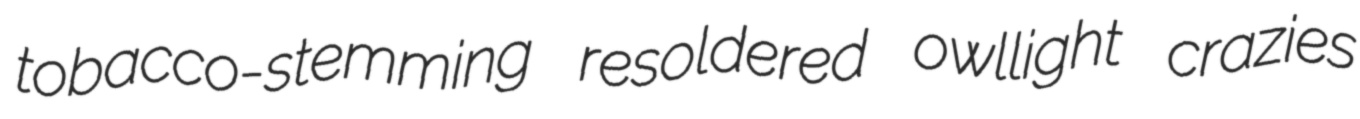
tobacco-stemming resoldered owllight crazies